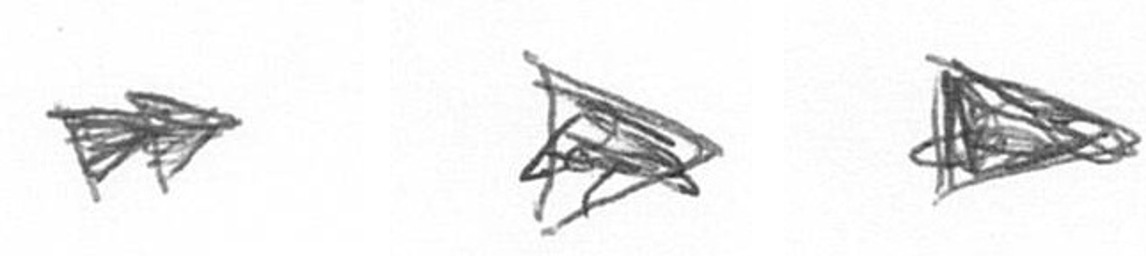
A T T